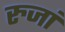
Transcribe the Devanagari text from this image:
रुजां